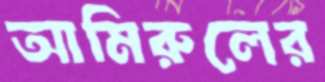
আমিরুলের